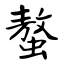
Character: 螯